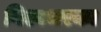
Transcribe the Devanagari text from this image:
विश्वभरका